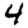
Digit: 4